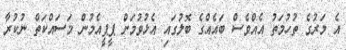
އެ މަރުގެ ތުހުމަތު އެއްވެސް ބައެއްގެ ބޮލުގައި އެޅުވުމަށް ޕީޕީއެމުން މަސައްކަތް ނުކުރާ